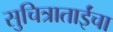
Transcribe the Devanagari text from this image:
सुचित्राताईंचा